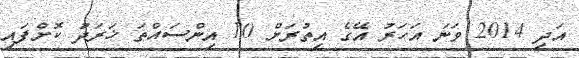
އަދި 2014 ވަނަ އަހަރު އޭގެ އިތުރަށް 10 އިންސައްތަ ޚަރަދަު ކޮށްފައި